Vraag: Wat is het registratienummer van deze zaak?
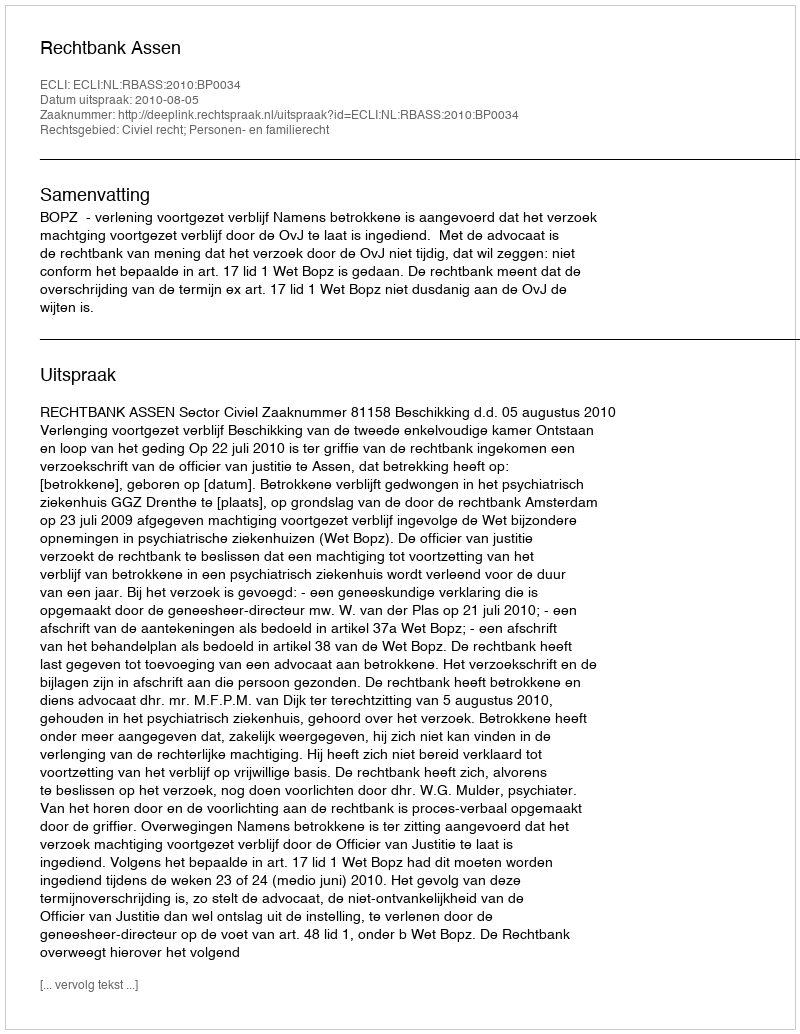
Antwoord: http://deeplink.rechtspraak.nl/uitspraak?id=ECLI:NL:RBASS:2010:BP0034